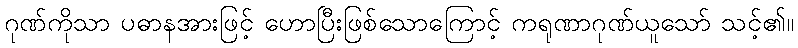
ဂုဏ်ကိုသာ ပဓာနအားဖြင့် ဟောပြီးဖြစ်သောကြောင့် ကရုဏာဂုဏ်ယူသော် သင့်၏။